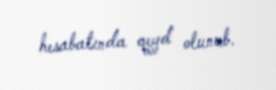
hesabatında qeyd olunub.